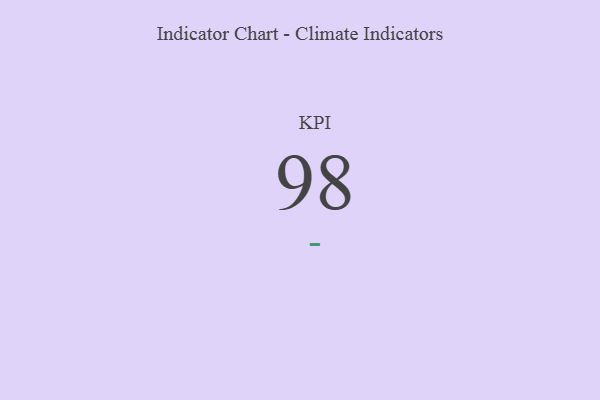
{"axis": {"x": "KPI", "y": "Value"}, "legend": [""], "data": [{"x": "KPI", "y": 98, "type": ""}]}